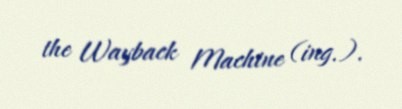
the Wayback Machine (ing.).